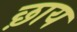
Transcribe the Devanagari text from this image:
छ़ाय